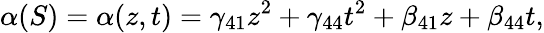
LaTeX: \alpha(S)=\alpha(z,t)=\gamma_{41}z^{2}+\gamma_{44}t^{2}+\beta_{41}z+\beta_{44}t,